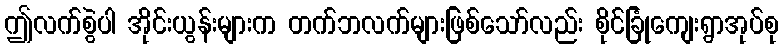
ဤလက်စွဲပါ အိုင်းယွန်းများက တက်ဘလက်များဖြစ်သော်လည်း စိုင်ခြုံကျေးရွာအုပ်စု